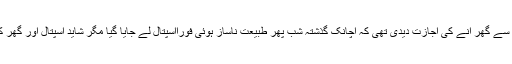
کچھ راحت ملنے کے بعد ان کو ڈاکٹروں نے اسپتال سے گھر آنے کی اجازت دیدی تھی کہ اچانک گذشتہ شب پھر طبیعت ناساز ہوئی فوراََاسپتال لے جایا گیا مگر شاید اسپتال اور گھر کے درمیان ہی اللہ تعالیٰ نے ان کو اپنے پاس بلا لیا۔